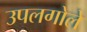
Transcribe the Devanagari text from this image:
उपलगोले